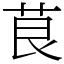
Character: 茛